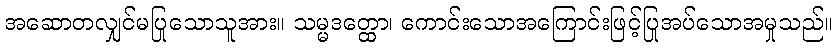
အဆောတလျှင်မပြုသောသူအား။ သမ္မဒတ္ထော၊ ကောင်းသောအကြောင်းဖြင့်ပြုအပ်သောအမှုသည်။